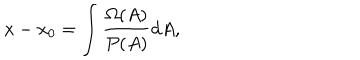
x - x _ { 0 } = \int \frac { \Omega ( A ) } { P ( A ) } d A ,